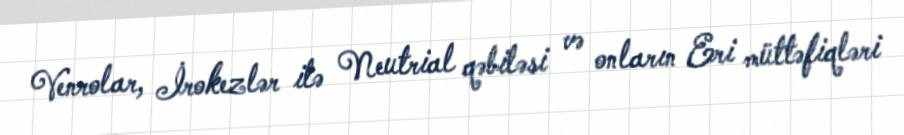
Venrolar, İrokezlər ilə Neutrial qəbiləsi və onların Eri müttəfiqləri